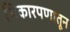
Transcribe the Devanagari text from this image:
भिकारपणातून